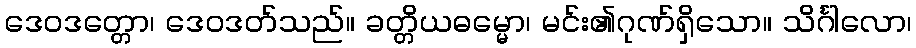
ဒေဝဒတ္တော၊ ဒေဝဒတ်သည်။ ခတ္တိယဓမ္မော၊ မင်း၏ဂုဏ်ရှိသော။ သိင်္ဂါလော၊